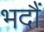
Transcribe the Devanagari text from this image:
भदौं